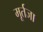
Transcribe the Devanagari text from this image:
मूर्तजा